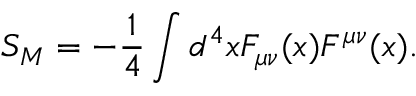
S _ { M } = - \frac { 1 } { 4 } \int d ^ { 4 } x F _ { \mu \nu } ( x ) F ^ { \mu \nu } ( x ) .